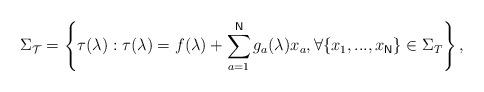
LaTeX: \begin{align*}\Sigma _{\mathcal{T}}=\left\{ \tau (\lambda ):\tau (\lambda )=f(\lambda)+\sum_{a=1}^{\mathsf{N}}g_{a}(\lambda )x_{a},\forall\{x_{1},...,x_{\mathsf{N}}\}\in \Sigma _{T}\right\} ,\end{align*}